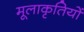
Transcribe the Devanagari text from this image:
मूलाकृतियों